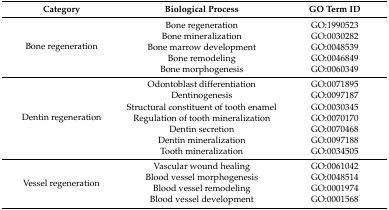
<table><thead><tr><td><b>Category</b></td><td><b>Biological Process</b></td><td><b>GO Term ID</b></td></tr></thead><tbody><tr><td rowspan="5">Bone regeneration</td><td>Bone regeneration</td><td>GO:1990523</td></tr><tr><td>Bone mineralization</td><td>GO:0030282</td></tr><tr><td>Bone marrow development</td><td>GO:0048539</td></tr><tr><td>Bone remodeling</td><td>GO:0046849</td></tr><tr><td>Bone morphogenesis</td><td>GO:0060349</td></tr><tr><td rowspan="7">Dentin regeneration</td><td>Odontoblast differentiation</td><td>GO:0071895</td></tr><tr><td>Dentinogenesis</td><td>GO:0097187</td></tr><tr><td>Structural constituent of tooth enamel</td><td>GO:0030345</td></tr><tr><td>Regulation of tooth mineralization</td><td>GO:0070170</td></tr><tr><td>Dentin secretion</td><td>GO:0070468</td></tr><tr><td>Dentin mineralization</td><td>GO:0097188</td></tr><tr><td>Tooth mineralization</td><td>GO:0034505</td></tr><tr><td rowspan="4">Vessel regeneration</td><td>Vascular wound healing</td><td>GO:0061042</td></tr><tr><td>Blood vessel morphogenesis</td><td>GO:0048514</td></tr><tr><td>Blood vessel remodeling</td><td>GO:0001974</td></tr><tr><td>Blood vessel development</td><td>GO:0001568</td></tr></tbody></table>